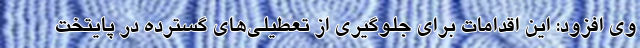
وی افزود: این اقدامات برای جلوگیری از تعطیلی‌های گسترده در پایتخت